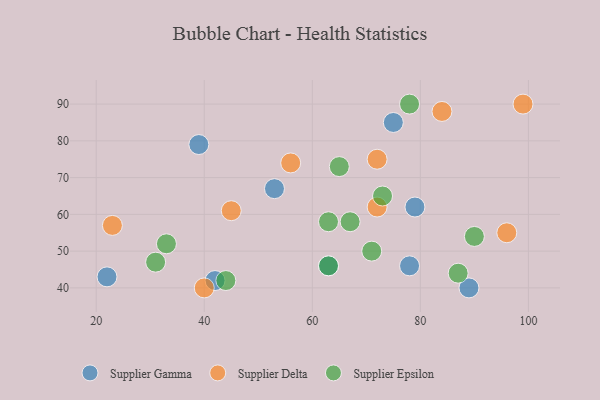
{"axis": {"x": "GDP", "y": "Life Expectancy"}, "legend": ["Supplier Delta", "Supplier Epsilon", "Supplier Gamma"], "data": [{"x": "63", "y": 46, "type": "Supplier Gamma"}, {"x": "39", "y": 79, "type": "Supplier Gamma"}, {"x": "75", "y": 85, "type": "Supplier Gamma"}, {"x": "22", "y": 43, "type": "Supplier Gamma"}, {"x": "78", "y": 46, "type": "Supplier Gamma"}, {"x": "42", "y": 42, "type": "Supplier Gamma"}, {"x": "79", "y": 62, "type": "Supplier Gamma"}, {"x": "89", "y": 40, "type": "Supplier Gamma"}, {"x": "53", "y": 67, "type": "Supplier Gamma"}, {"x": "99", "y": 90, "type": "Supplier Delta"}, {"x": "40", "y": 40, "type": "Supplier Delta"}, {"x": "72", "y": 62, "type": "Supplier Delta"}, {"x": "23", "y": 57, "type": "Supplier Delta"}, {"x": "84", "y": 88, "type": "Supplier Delta"}, {"x": "45", "y": 61, "type": "Supplier Delta"}, {"x": "96", "y": 55, "type": "Supplier Delta"}, {"x": "56", "y": 74, "type": "Supplier Delta"}, {"x": "72", "y": 75, "type": "Supplier Delta"}, {"x": "31", "y": 47, "type": "Supplier Epsilon"}, {"x": "33", "y": 52, "type": "Supplier Epsilon"}, {"x": "67", "y": 58, "type": "Supplier Epsilon"}, {"x": "78", "y": 90, "type": "Supplier Epsilon"}, {"x": "71", "y": 50, "type": "Supplier Epsilon"}, {"x": "65", "y": 73, "type": "Supplier Epsilon"}, {"x": "73", "y": 65, "type": "Supplier Epsilon"}, {"x": "63", "y": 58, "type": "Supplier Epsilon"}, {"x": "87", "y": 44, "type": "Supplier Epsilon"}, {"x": "44", "y": 42, "type": "Supplier Epsilon"}, {"x": "90", "y": 54, "type": "Supplier Epsilon"}, {"x": "63", "y": 46, "type": "Supplier Epsilon"}]}